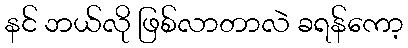
နင် ဘယ်လို ဖြစ်လာတာလဲ ခရန်ကော့